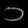
Digit: ၁